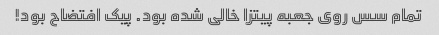
تمام سس روی جعبه پیتزا خالی شده بود. پیک افتضاح بود!